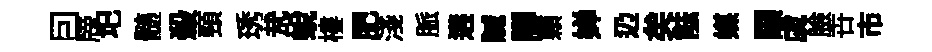
囙牓圯髄殺頸琇㢤蛻樓肥淺脈遘贓腳顆婵辸矣䏻媒画虞臉卋市